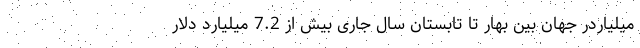
میلیاردر جهان بین بهار تا تابستان سال جاری بیش از 7.2 میلیارد دلار